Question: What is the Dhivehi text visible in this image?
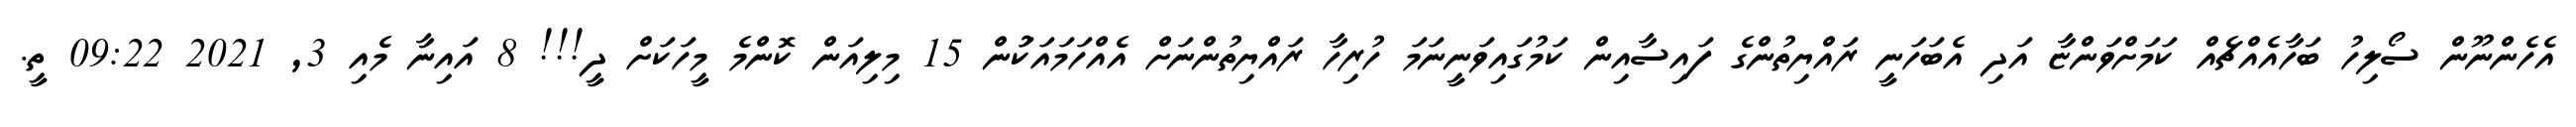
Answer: އެހެންނޫން ސޯލިހު ބަހާއެއްޗެއް ކަމަށްވަންޏާ އަދި އެބަހަނީ ރައްޔިތުންގެ ފައިސާއިން ކަމުގައިވަނީނަމަ ހުރިހާ ރައްޔިތުންނަށް އެއްހަމައަކަުން 15 މިލިއަން ކޮންމެ މީހަކަށް ދީ!!! 8 އައިނާ މެއި 3, 2021 09:22 ތީ.